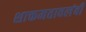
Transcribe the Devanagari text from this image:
शाक्तमतावलंबी